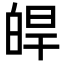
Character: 皔